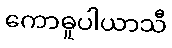
ကောဓူပါယာသီ